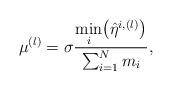
LaTeX: \begin{align*}\mu^{(l)} = \sigma \frac{\underset{i}{\textrm{min}}\big(\hat{\eta}^{i,(l)}\big)}{\sum_{i=1}^N m_i},\end{align*}